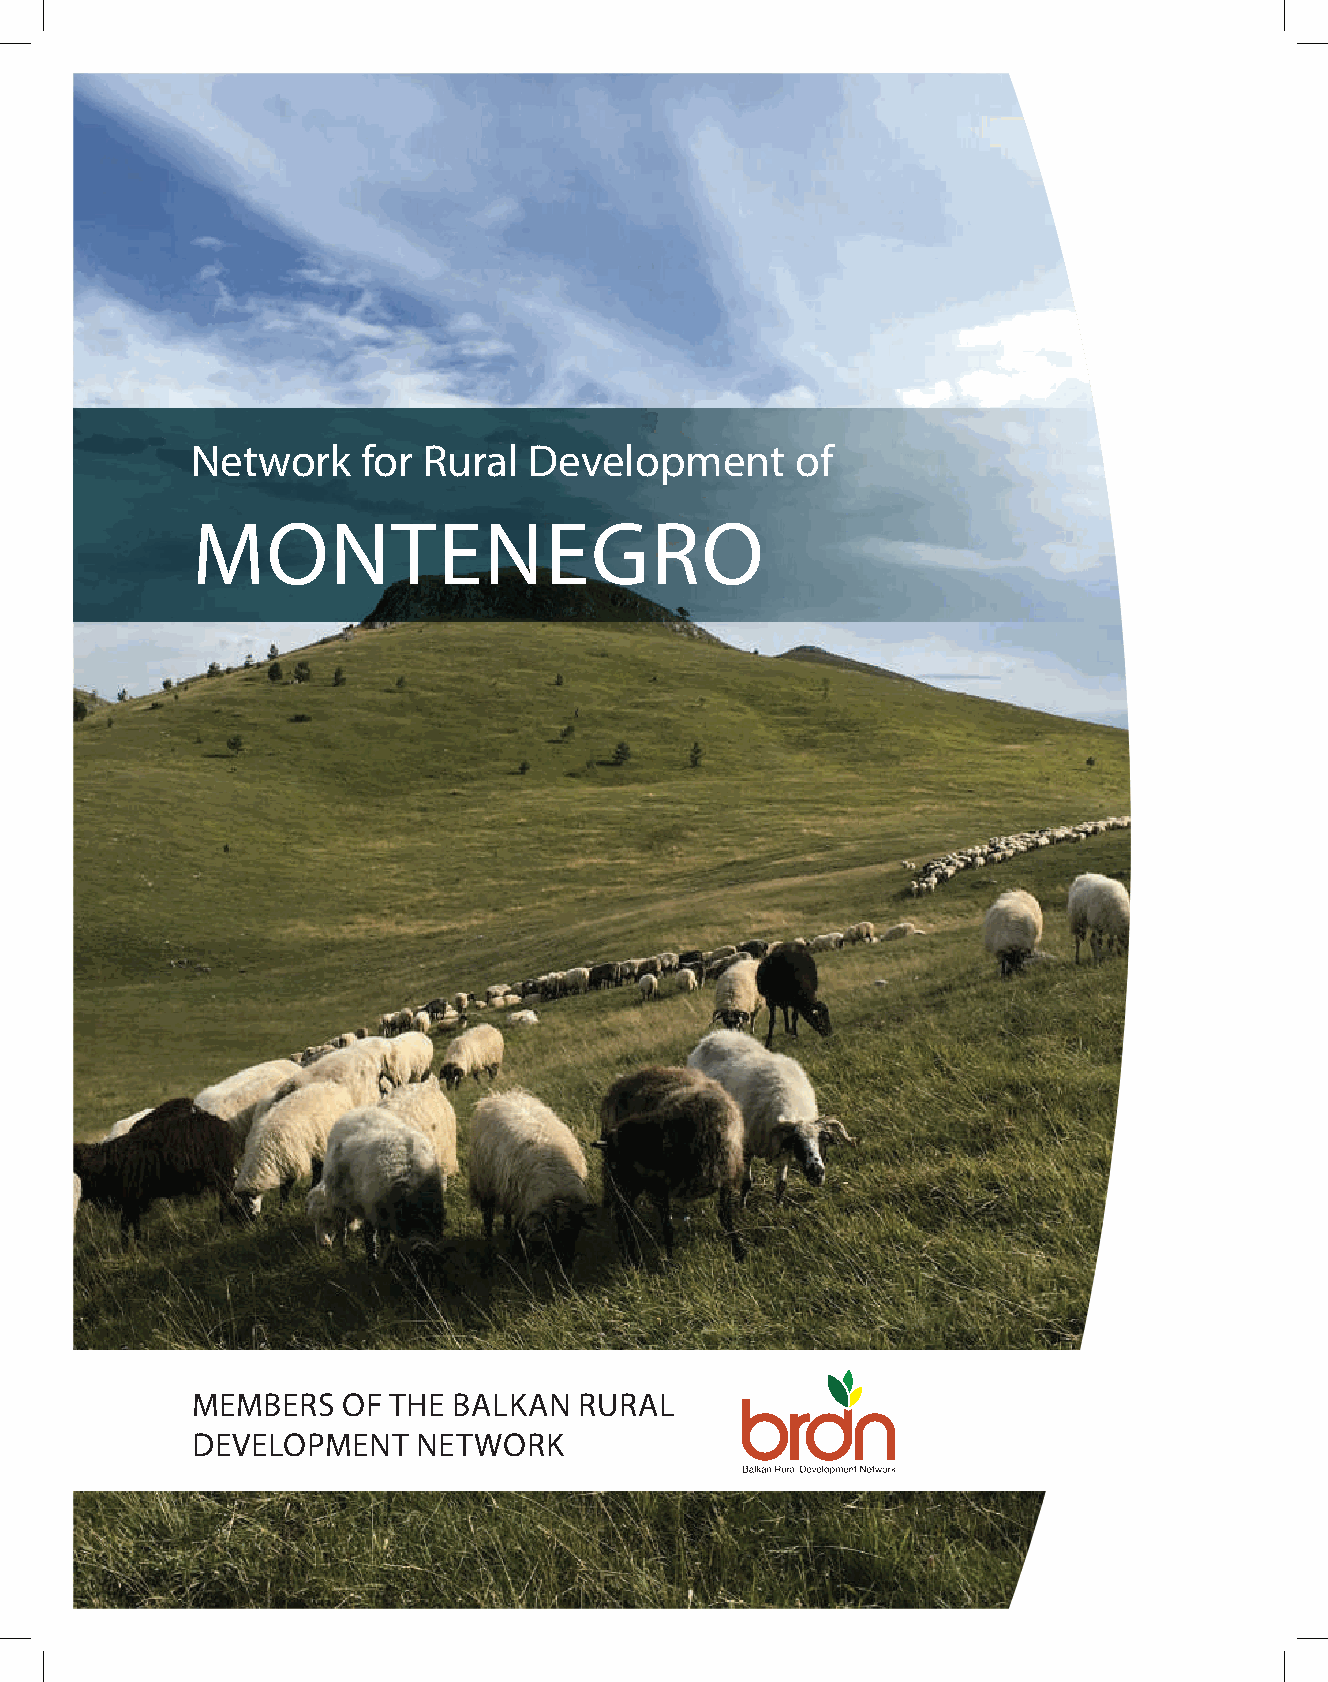
Network    for Rural  Development       of
 MONTENEGRO
 MEMBERS   OF THE BALKAN  RURAL
 DEVELOPMENT    NETWORK